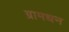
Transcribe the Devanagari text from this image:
ग्रामधन